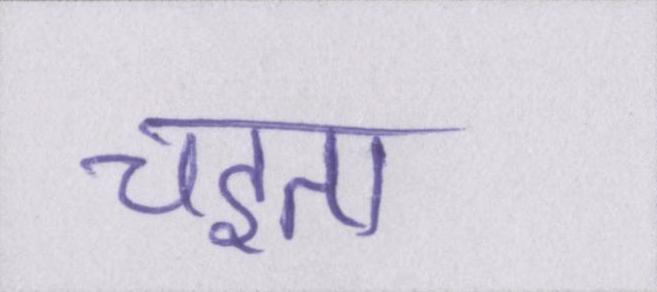
चइता